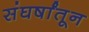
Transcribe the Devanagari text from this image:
संघर्षांतून